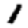
Digit: 1